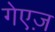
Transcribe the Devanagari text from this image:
गेएज़